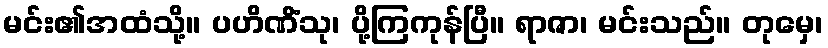
မင်း၏အထံသို့။ ပဟိဏိံသု၊ ပို့ကြကုန်ပြီ။ ရာဇာ၊ မင်းသည်။ တုမှေ၊